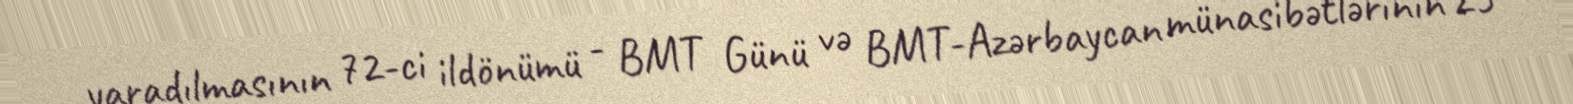
yaradılmasının 72-ci ildönümü - BMT Günü və BMT-Azərbaycan münasibətlərinin 25